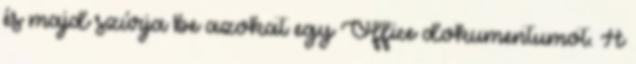
és majd szúrja be azokat egy Office dokumentumot. A